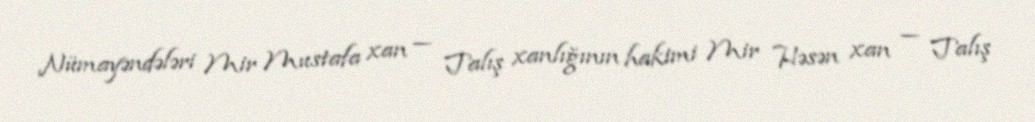
Nümayəndələri Mir Mustafa xan — Talış xanlığının hakimi Mir Həsən xan — Talış